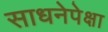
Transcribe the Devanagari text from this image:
साधनेपेक्षा